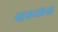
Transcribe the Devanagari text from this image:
बहाव्याचा